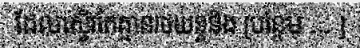
ដែលស្ទើរតែគ្មានរថយន្តនិង [បន្ថែម ... ]